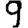
Digit: 9